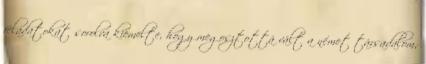
feladatokat sorolva kiemelte, hogy megosztottá vált a német társadalom,